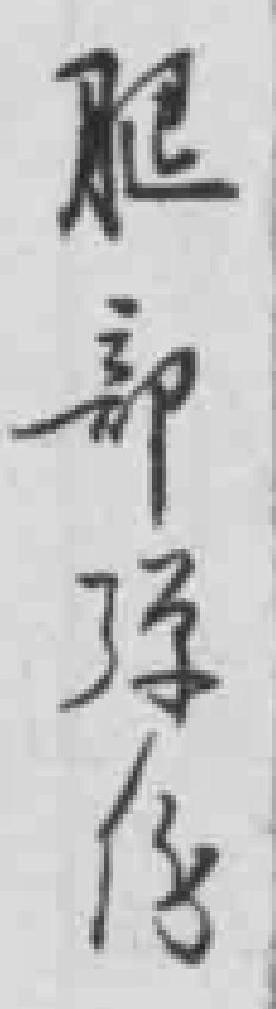
腿部弹伤